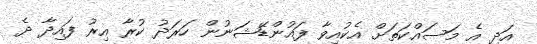
އަދި އެ މަސައްކަތަށް އެކުއިވާ ފައުންޑޭޝަނުން ހަރަދު ކުރާ އިރު ފައިދާ ދެ